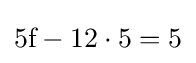
{\text{5f}}-12\cdot 5=5